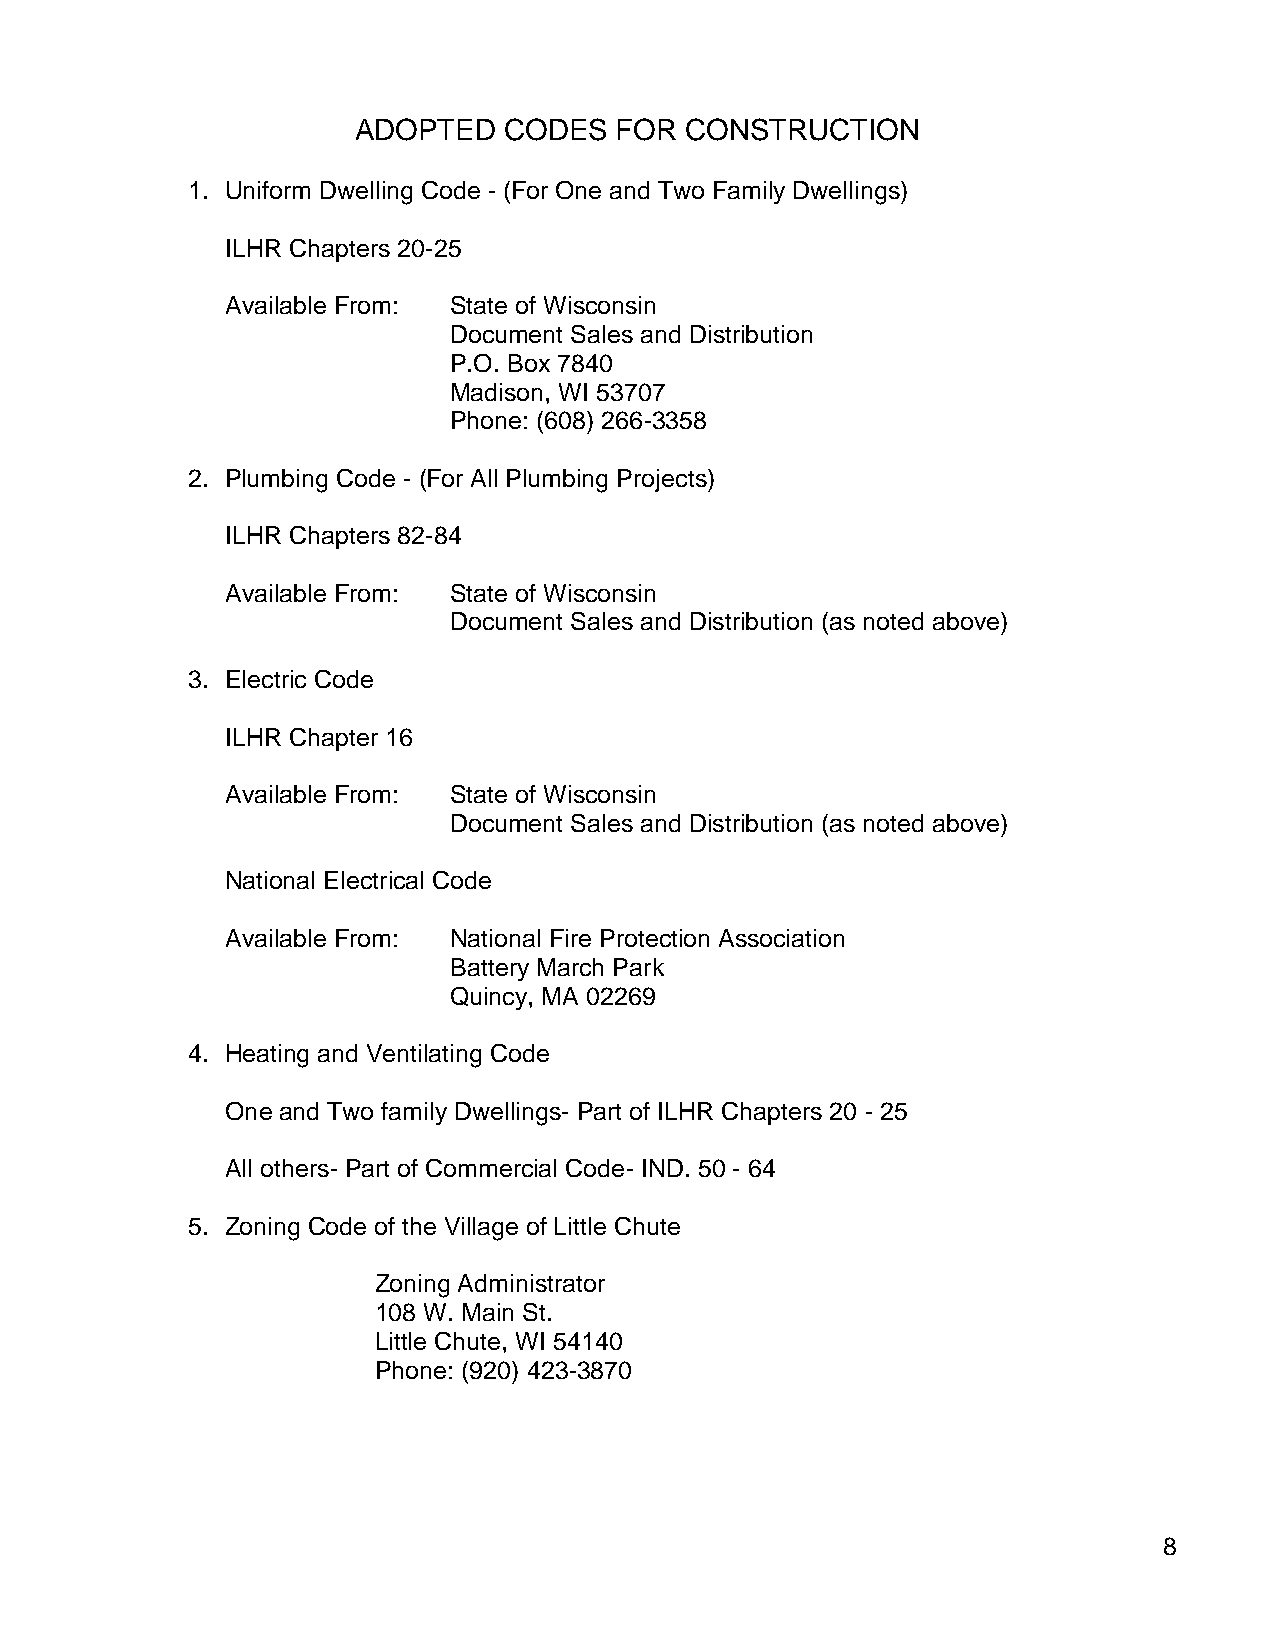
ADOPTED   CODES   FOR CONSTRUCTION
 1. Uniform Dwelling Code - (For One and Two Family Dwellings)
 ILHR Chapters 20-25
 Available From: State of Wisconsin
 Document Sales and Distribution
 P.O. Box 7840
 Madison, WI 53707
 Phone: (608) 266-3358
 2. Plumbing Code - (For All Plumbing Projects)
 ILHR Chapters 82-84
 Available From: State of Wisconsin
 Document Sales and Distribution (as noted above)
 3. Electric Code
 ILHR Chapter 16
 Available From: State of Wisconsin
 Document Sales and Distribution (as noted above)
 National Electrical Code
 Available From: National Fire Protection Association
 Battery March Park
 Quincy, MA 02269
 4. Heating and Ventilating Code
 One and Two family Dwellings- Part of ILHR Chapters 20 - 25
 All others- Part of Commercial Code- IND. 50 - 64
 5. Zoning Code of the Village of Little Chute
 Zoning Administrator
 108 W. Main St.
 Little Chute, WI 54140
 Phone: (920) 423-3870
 8
 d
 1